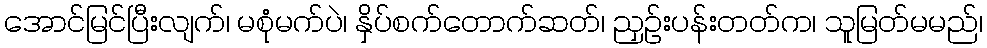
အောင်မြင်ပြီးလျက်၊ မစုံမက်ပဲ၊ နှိပ်စက်တောက်ဆတ်၊ ညှဉ်းပန်းတတ်က၊ သူမြတ်မမည်၊